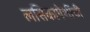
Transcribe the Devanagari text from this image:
लसिकापेशींची